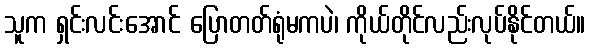
သူက ရှင်းလင်းအောင် ပြောတတ်ရုံမကပဲ၊ ကိုယ်တိုင်လည်းလုပ်နိုင်တယ်။